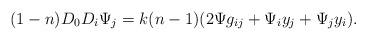
LaTeX: \begin{align*}(1 - n){D_0}{D_i}{\Psi _j}=k(n-1)(2\Psi g_{ij}+\Psi_iy_j+\Psi_jy_i).\end{align*}